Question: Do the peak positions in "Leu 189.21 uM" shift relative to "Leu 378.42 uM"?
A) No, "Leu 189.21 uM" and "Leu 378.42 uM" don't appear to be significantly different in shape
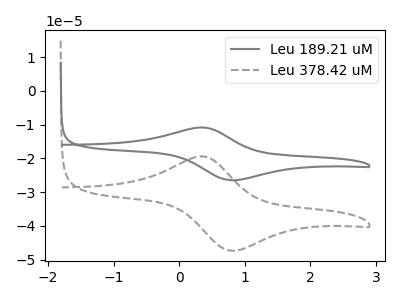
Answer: <think>The gray curve "Leu 189.21 uM" has an anodic peak at (0.30V, -10.85uA) and a cathodic peak at (0.80V, -26.45uA). The gray dashed curve "Leu 378.42 uM" has an anodic peak at (0.30V, -19.40uA) and a cathodic peak at (0.80V, -47.30uA).
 All the peaks in "Leu 189.21 uM" have a peak in "Leu 378.42 uM" at the same potential.</think>
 <answer>A) No, "Leu 189.21 uM" and "Leu 378.42 uM" don't appear to be significantly different in shape</answer>
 <eval>A</eval>